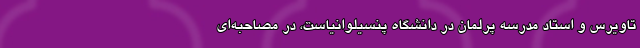
تاویرس و استادِ مدرسه پرلمان در دانشگاهِ پنسیلوانیاست، در مصاحبه‌ای